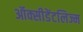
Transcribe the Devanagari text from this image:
ऑक्सीडेंटलिज्म